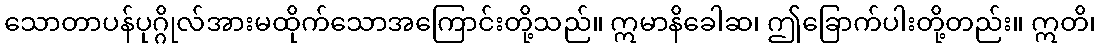
သောတာပန်ပုဂ္ဂိုလ်အားမထိုက်သောအကြောင်းတို့သည်။ ဣမာနိခေါဆ၊ ဤခြောက်ပါးတို့တည်း။ ဣတိ၊